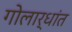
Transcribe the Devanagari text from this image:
गोलार्धांत